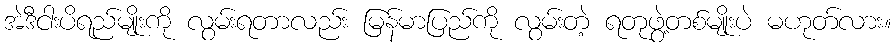
အဲဒီငါးပိရည်မျိုးကို လွမ်းရတာလည်း မြန်မာပြည်ကို လွမ်းတဲ့ ရတုဖွဲ့တစ်မျိုးပဲ မဟုတ်လား။